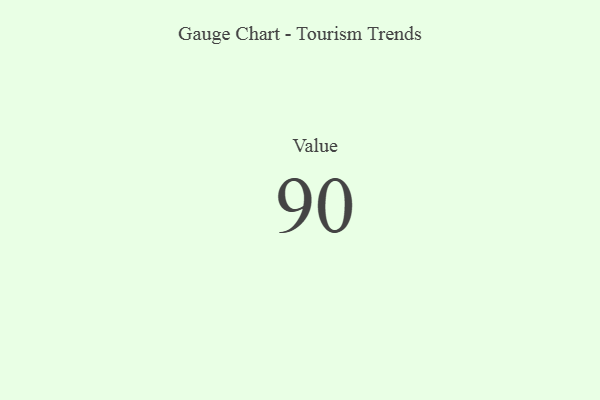
{"axis": {"x": "Metric", "y": "Value"}, "legend": [""], "data": [{"x": "Value", "y": 90, "type": ""}]}